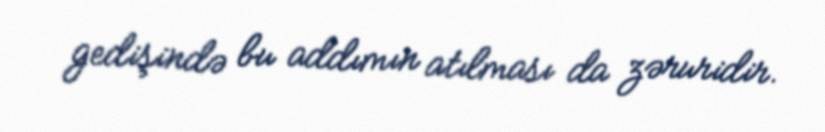
gedişində bu addımın atılması da zəruridir.